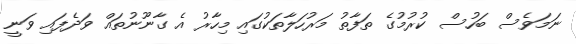
ނަމަވެސް ބަހުސް ކުރުމުގެ ތަފާތު މަރުހަލާތަކުގައި މިހާރު އެ ގާނޫނުތައް ވަދެފައި ވަނީ